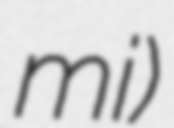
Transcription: mi)